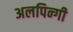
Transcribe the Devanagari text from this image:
अलपिन्गी